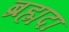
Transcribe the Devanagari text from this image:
ब्रह्मदा